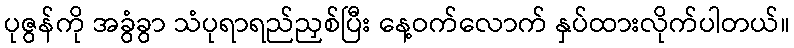
ပုဇွန်ကို အခွံခွာ သံပုရာရည်ညှစ်ပြီး နေ့ဝက်လောက် နှပ်ထားလိုက်ပါတယ်။